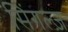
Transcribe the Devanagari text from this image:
सिंगल्ज़